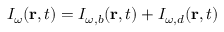
I _ { \omega } ( \mathbf r , t ) = I _ { \omega , b } ( \mathbf r , t ) + I _ { \omega , d } ( \mathbf r , t )